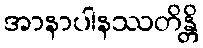
အာနာပါနဿတိန္တိ